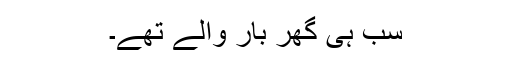
سب ہی گھر بار والے تھے۔